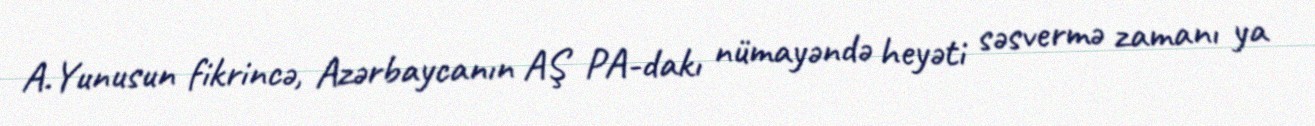
A.Yunusun fikrincə, Azərbaycanın AŞ PA-dakı nümayəndə heyəti səsvermə zamanı ya